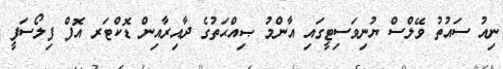
ނިއު ސައުތު ވޭލްސް ޔުނިވަސިޓީގައި އާންމު ޞިއްޙަތުގެ ދާއިރާއިން ޑޮކްޓަރ އޮފް ފިލޯސަފީ